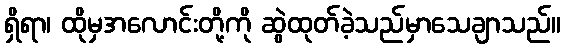
ရှိရာ၊ ထိုမှအလောင်းတို့ကို ဆွဲထုတ်ခဲ့သည်မှာသေချာသည်။